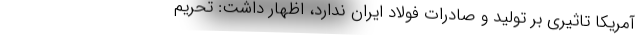
آمریکا تاثیری بر تولید و صادرات فولاد ایران ندارد، اظهار داشت: تحریم